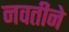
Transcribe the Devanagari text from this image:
नवतीने